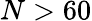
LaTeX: N>60